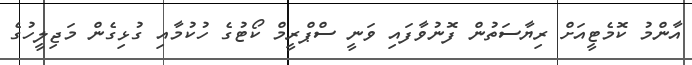
އާންމު ކޮމެޓީއަށް ރިޔާސަތުން ފޮނުވާފައި ވަނީ ސްޕްރީމް ކޯޓުގެ ހުކުމާއި ގުޅިގެން މަޖިލީހުގެ